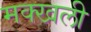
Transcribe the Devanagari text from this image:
मक्खली